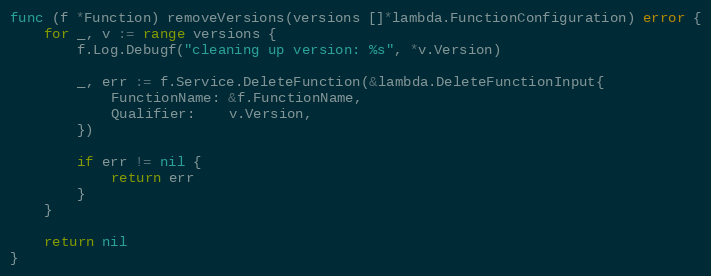
Language: Go
func (f *Function) removeVersions(versions []*lambda.FunctionConfiguration) error {
	for _, v := range versions {
		f.Log.Debugf("cleaning up version: %s", *v.Version)

		_, err := f.Service.DeleteFunction(&lambda.DeleteFunctionInput{
			FunctionName: &f.FunctionName,
			Qualifier:    v.Version,
		})

		if err != nil {
			return err
		}
	}

	return nil
}